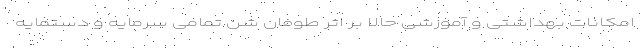
امکانات بهداشتی و آموزشی حالا بر اثر طوفان شن تمامی سرمایه و دستمایه